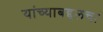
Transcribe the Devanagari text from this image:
यांच्याबद्दलचा